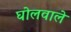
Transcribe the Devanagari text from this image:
घोलवाले